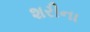
શરીના